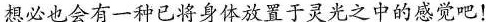
想必也会有一种已将身体放置于灵光之中的感觉吧！